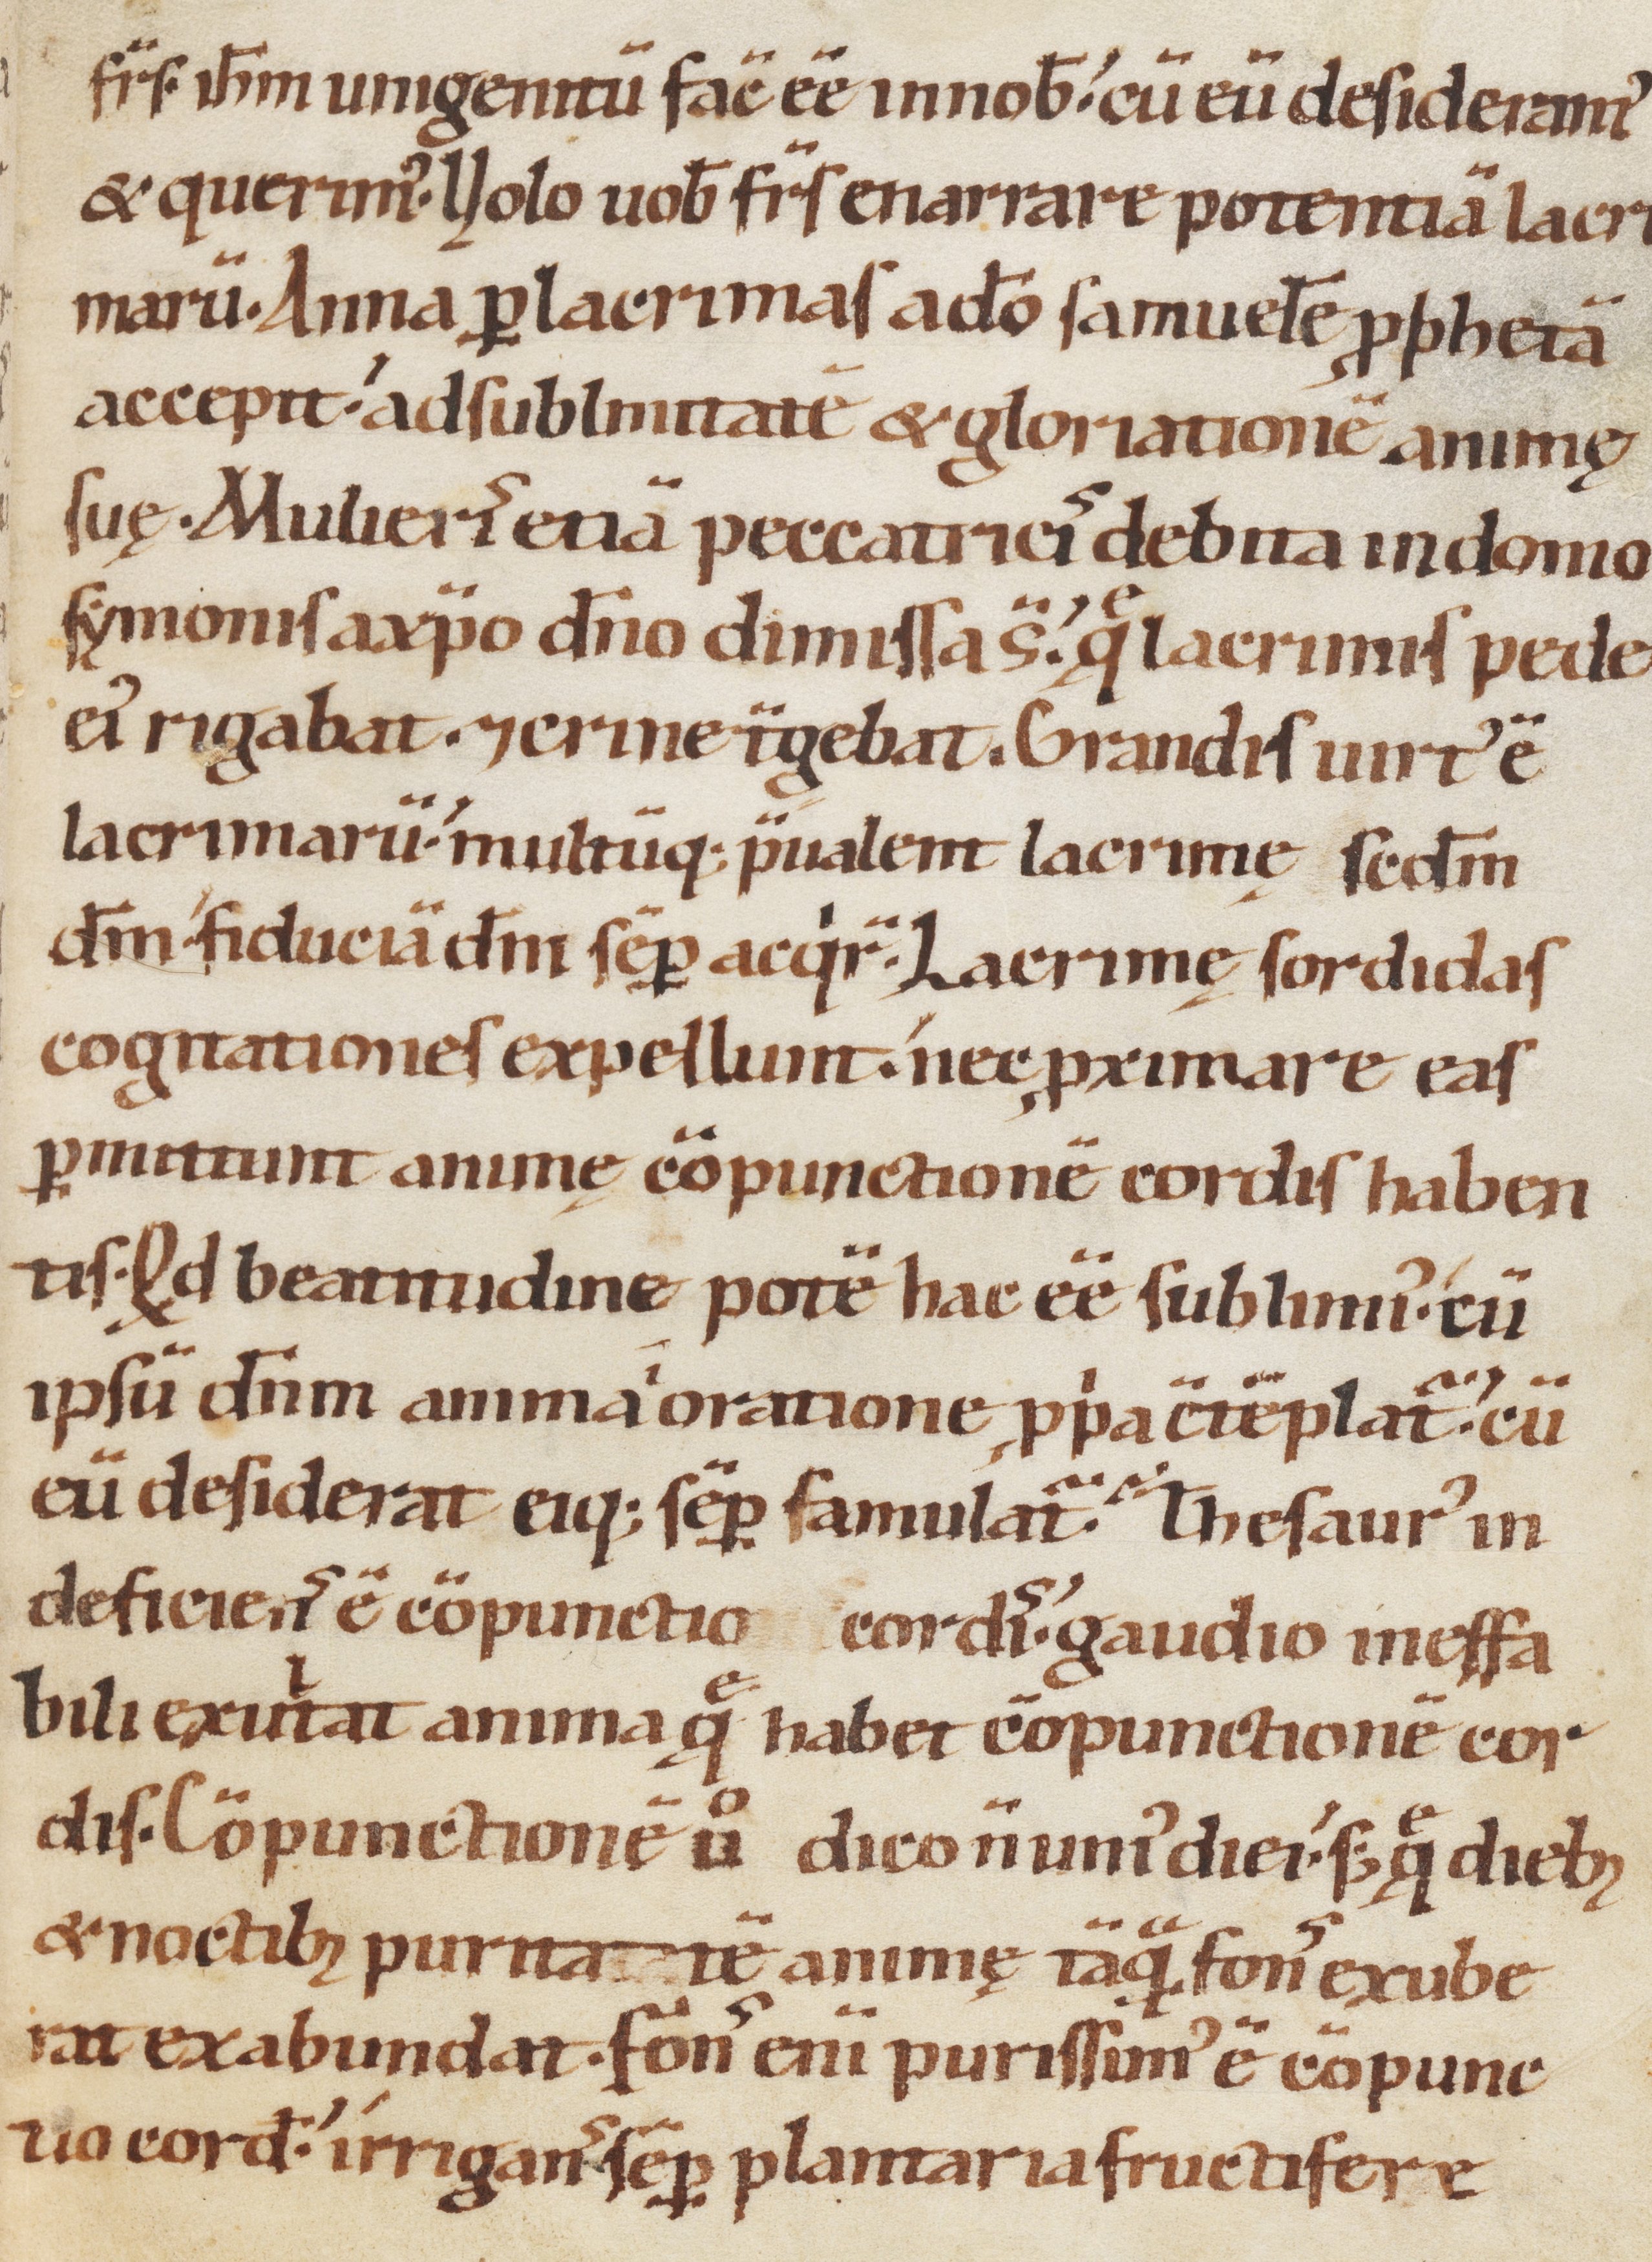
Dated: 1100–1199